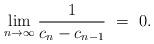
LaTeX: \begin{align*}\lim_{n \to \infty}\frac{1}{c_{n} - c_{n-1}} \ = \ 0.\end{align*}